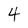
Character: 4